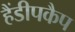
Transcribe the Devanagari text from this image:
हैंडीपकैप